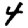
Digit: 4